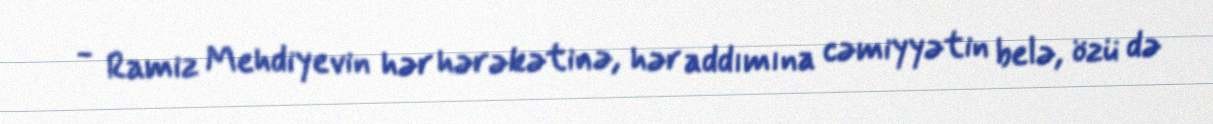
- Ramiz Mehdiyevin hər hərəkətinə, hər addımına cəmiyyətin belə, özü də